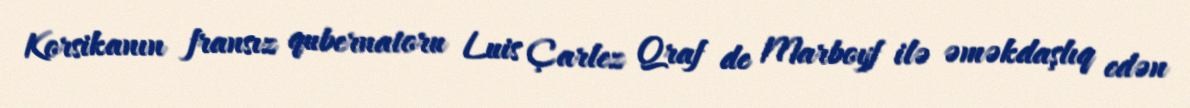
Korsikanın fransız qubernatoru Luis Çarlez Qraf de Marboyf ilə əməkdaşlıq edən